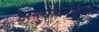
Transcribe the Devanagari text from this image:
अनुधावनपूर्वक